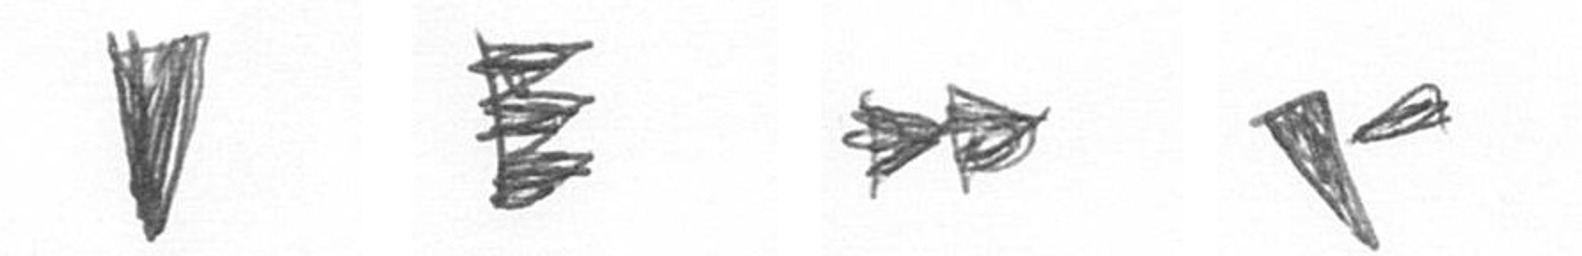
J H A F